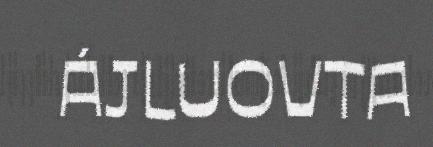
ÁJLUOVTA